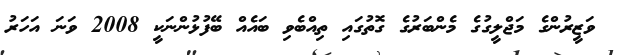
ވަޒީރުންގެ މަޖްލީގުގެ މެންބަރުގެ ގޮތުގައި ތިއްބެވި ބައެއް ބޭފުޅުންނަކީ 2008 ވަނަ އަހަރު